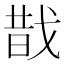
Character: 𢧉